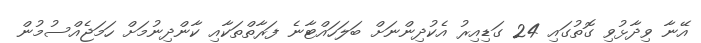
އޭނާ ވިދާޅުވި ގޮތުގައި 24 ގަޑިއިރު އެކުދިންނަށް ބަލަހައްޓާނެ ފަރާތްތަކާއި ކާންދިނުމަށް ހަމަޖެއްސުމުން